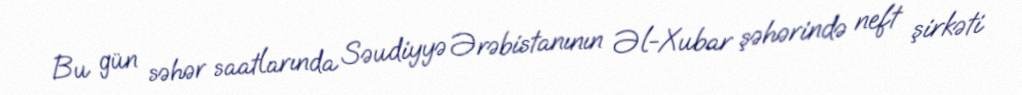
Bu gün səhər saatlarında Səudiyyə Ərəbistanının Əl-Xubar şəhərində neft şirkəti